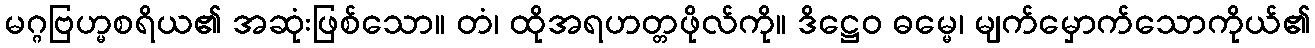
မဂ္ဂဗြဟ္မစရိယ၏ အဆုံးဖြစ်သော။ တံ၊ ထိုအရဟတ္တဖိုလ်ကို။ ဒိဋ္ဌေဝ ဓမ္မေ၊ မျက်မှောက်သောကိုယ်၏